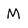
Character: m